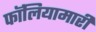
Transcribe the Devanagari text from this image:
फॉलियामारी